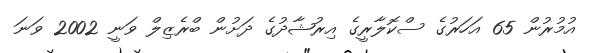
އުމުރުން 65 އަހަރުގެ ސްކޮލާރީގެ އިރުޝާދުގެ ދަށުން ބްރެޒިލް ވަނީ 2002 ވަނަ